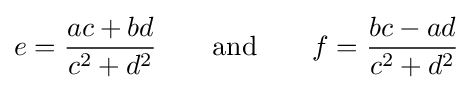
e={\frac {ac+bd}{c^{2}+d^{2}}}\quad \quad {\text{and}}\quad \quad f={\frac {bc-ad}{c^{2}+d^{2}}}